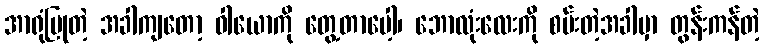
အာရုံပြုတဲ့ အခါကျတော့ ဝါယောကို တွေ့တာပေါ့၊ ဘောလုံးလေးကို စမ်းတဲ့အခါမှာ တွန်းကန်တဲ့